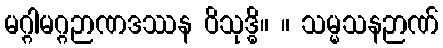
မဂ္ဂါမဂ္ဂဉာဏဒဿန ဝိသုဒ္ဓိ။ ။ သမ္မသနဉာဏ်